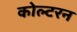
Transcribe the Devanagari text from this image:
कोल्टरन